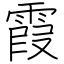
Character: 霞